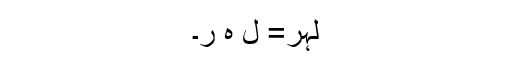
لہر= لَ ہْ رْ۔